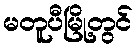
မတူပီမြို့တွင်